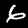
Digit: 6